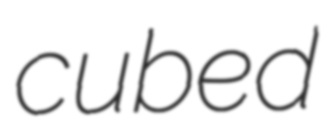
cubed